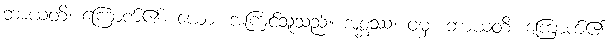
ဘာယတိ၊ ကြောက်၏။ ယော၊ အကြင်သူသည်။ အစ္ဆဿ၊ ဝံမှ။ ဘာယတိ၊ ကြောက်၏။